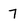
Character: 7